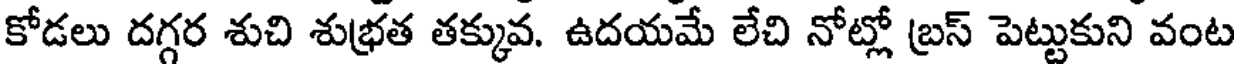
కోడలు దగ్గర శుచి శుభ్రత తక్కువ. ఉదయమే లేచి నోట్లో బ్రస్ పెట్టుకుని వంట